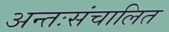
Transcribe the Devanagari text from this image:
अन्तःसंचालित